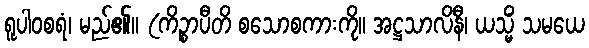
ရူပါဝစရံ၊ မည်၏။ (ကိဉ္စာပီတိ စသောစကားကို။ အဋ္ဌသာလိနီ၊ ယသ္မိံ သမယေ